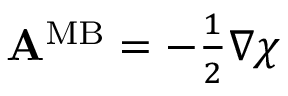
\begin{array} { r } { { \bf A } ^ { \mathrm { M B } } = - { \frac { 1 } { 2 } } \nabla \chi } \end{array}